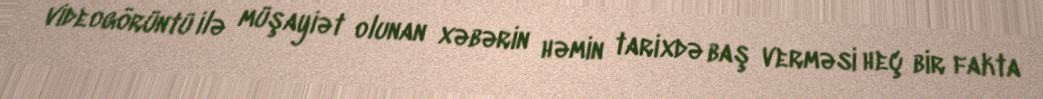
videogörüntü ilə müşayiət olunan xəbərin həmin tarixdə baş verməsi heç bir fakta